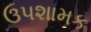
ઉપશામક